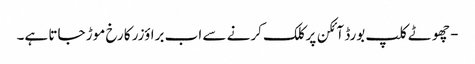
- چھوٹے کلپ بورڈ آئکن پر کلک کرنے سے اب براؤزر کا رخ موڑ جاتا ہے۔